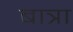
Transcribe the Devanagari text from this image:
बात्रा